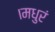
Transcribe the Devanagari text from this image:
।मधुरं